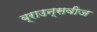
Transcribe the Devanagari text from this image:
ब्राउन्सवीज